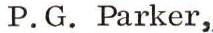
Philip.G. Parker,